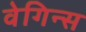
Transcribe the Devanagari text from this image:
वेगिन्स